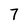
Character: 7